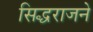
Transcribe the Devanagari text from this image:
सिद्धराजने